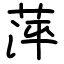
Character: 萍